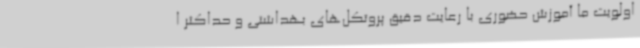
اولویت ما آموزش حضوری با رعایت دقیق پروتکل‌های بهداشتی و حداکثر ا